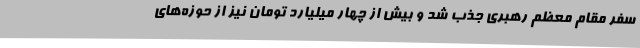
سفر مقام معظم رهبری جذب شد و بیش از چهار میلیارد تومان نیز از حوزه‌های